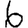
Digit: 6